Vana-Kasaritsa_(Kasaritsa)_vallavalitsus, lk 15
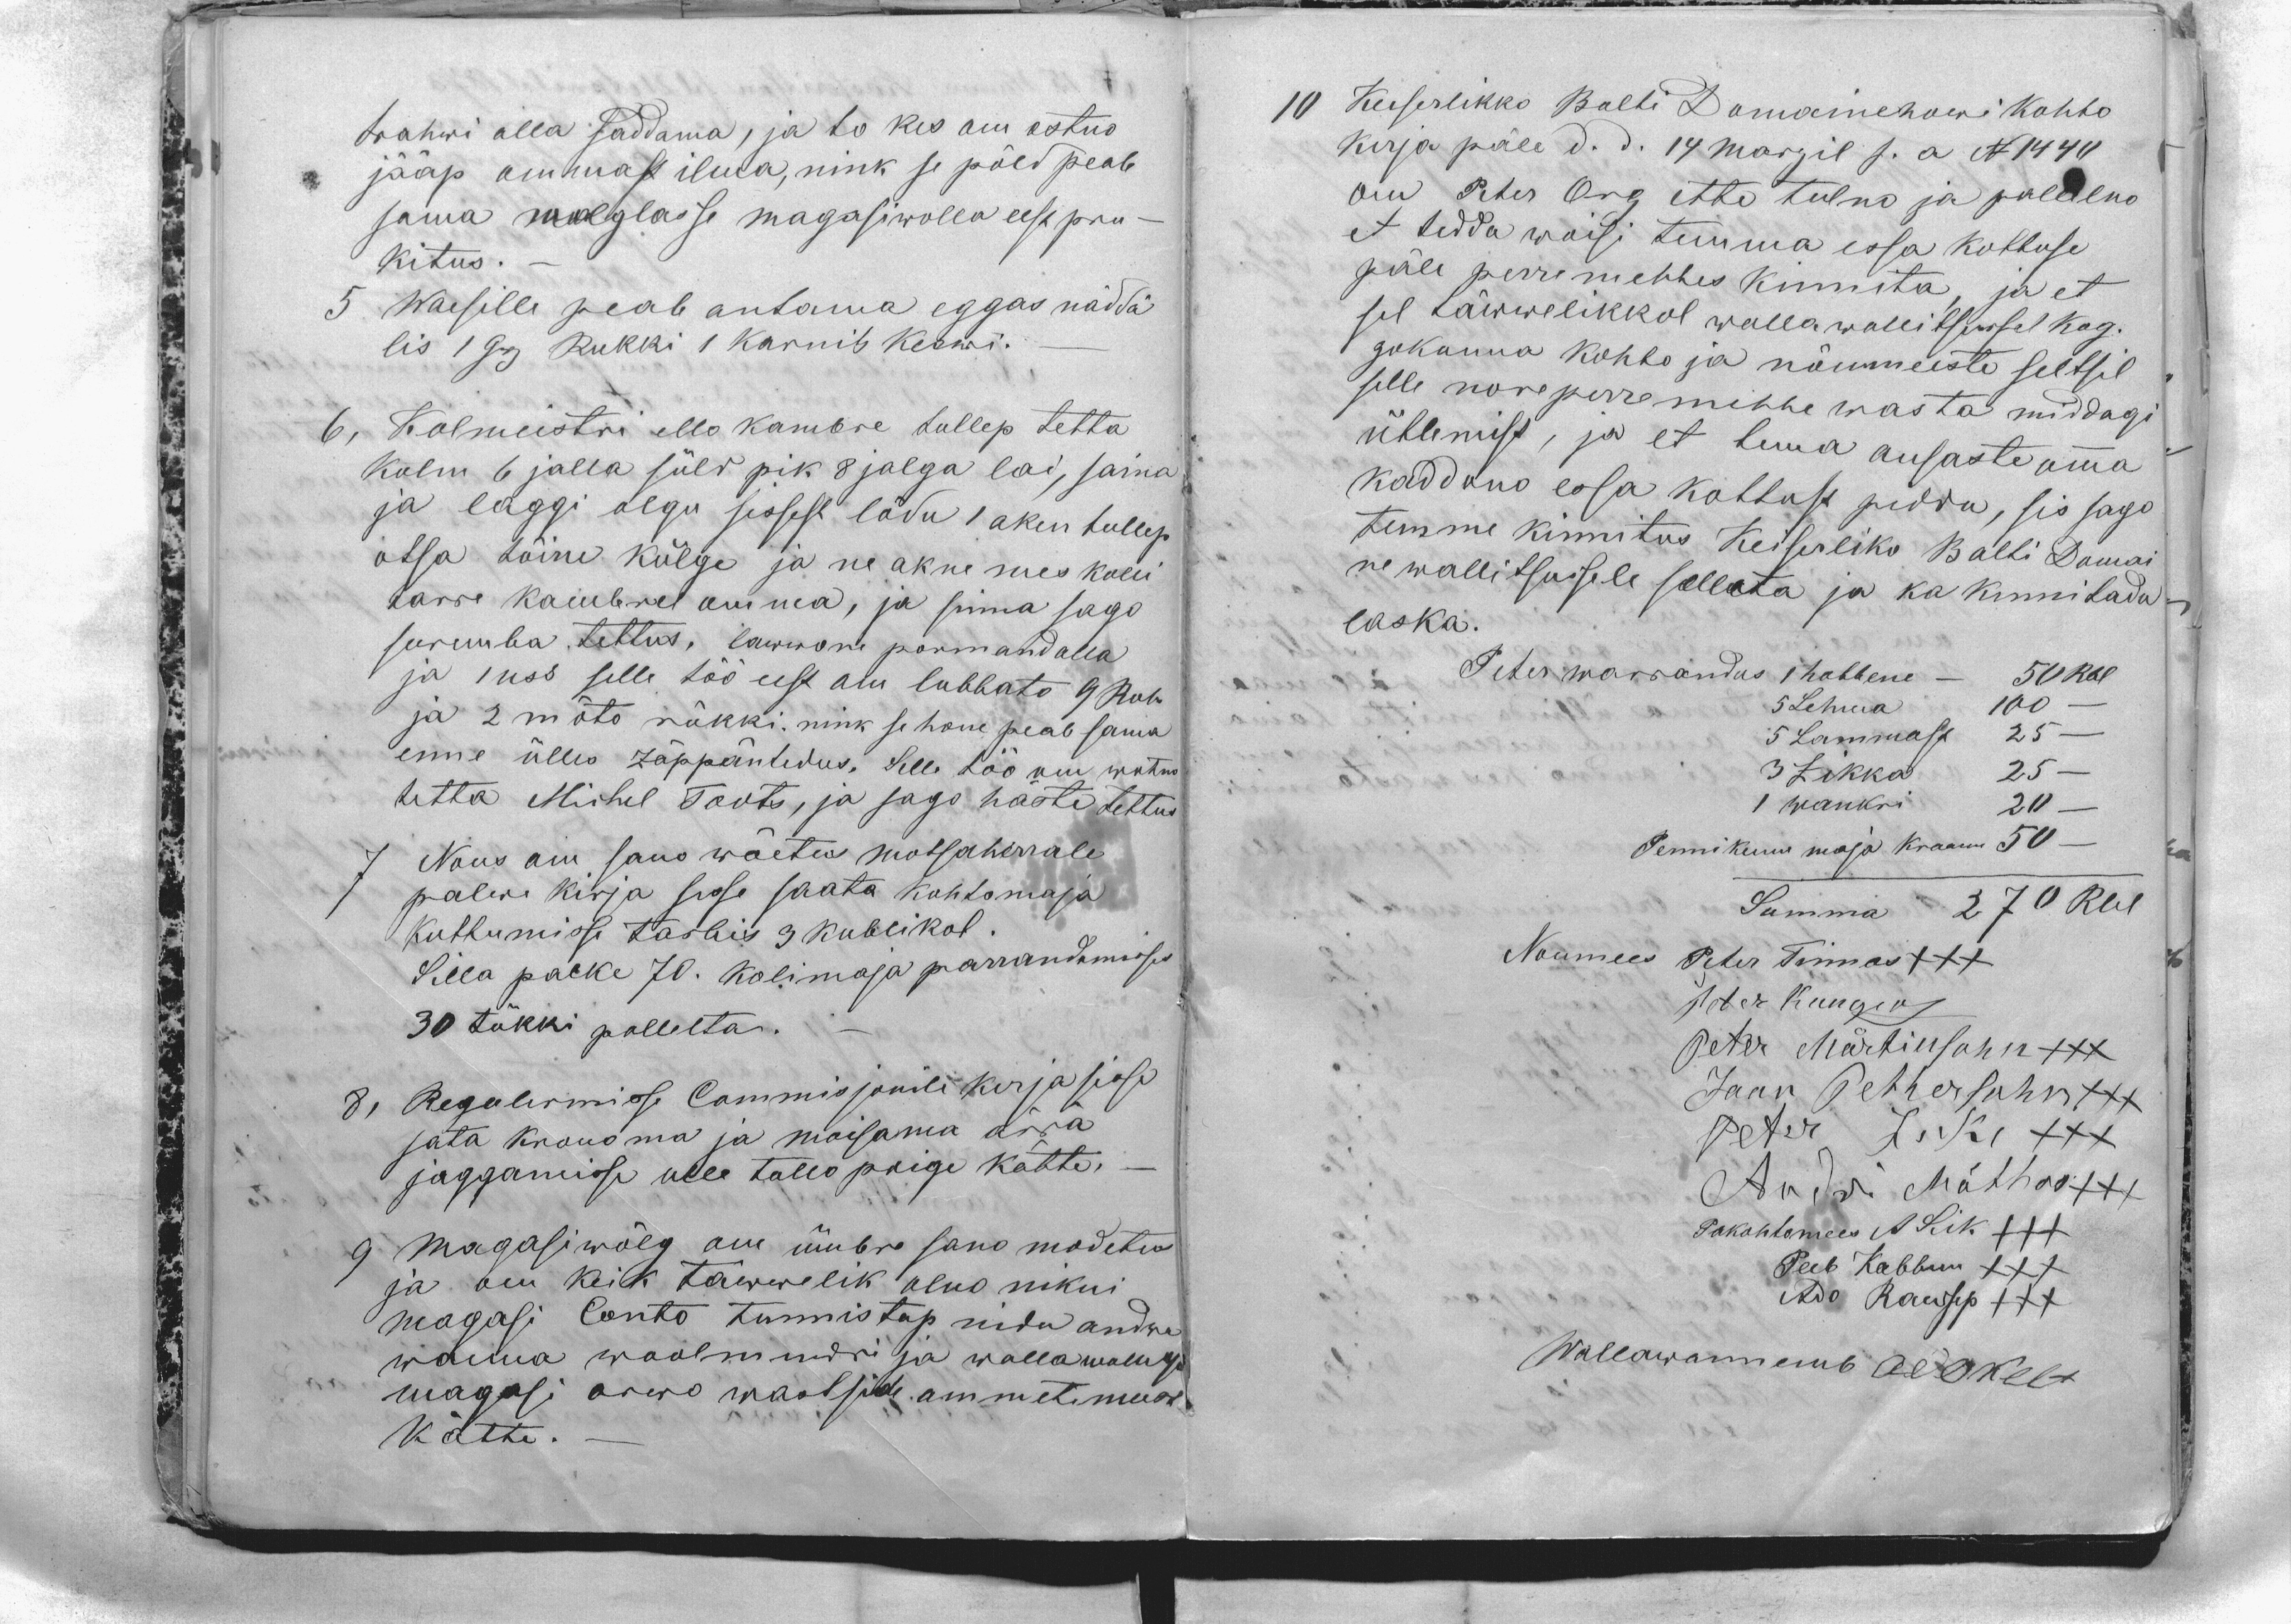
trahwi alla saddama, ja to kes om ostno
jääp ommast ilma, nink se põld peab
sama wolglasse magasiwolla eest pru-
kitus.-
5 Waesille peab antama eggas näddä
lis 1 Grj Rukki 1 karnits keswi.-
6, Kolmeistri ello kambre tullep tetta
kolm 6 jalla süld pik 8 jalga lai, saina
ja laggi olgu sissest lödu 1 aken tullep
otsa tõine külge ja ne akne mes kolli
tarre kambrel omma, ja sinna sago
suremba tettus, lawwone pormand alla
ja 1 uss selle töö eest om lubbato 9 Rub
ja 2 mõto rükki. nink se hone peab sama
enne ülles Zäppäntedus, Selle töö om wõtno
tetta Michel Toots, ja sago häste tettus
7 Nous om sano wõetus Motsaherrale
palwe kirja sisse saata kohtomaja
kuttumisse tarbis 3 kublikot.
Silla palke 70. kolimaja parrandamisses
30 tükki pollelta. -
8, Regulermisse Commisjonile kirja sisse
sata krono ma ja moisama ärrä
jaggamisse ulle tallo paige kätte._
9 magasiwõlg om ümbre sano modetus
ja om keik tawwelik olno nikui
magasi Conto tunnistap nidu andwa
wanna woolmundri ja wallawanemb
magasi arwo wastside ammetimeeste
kätte. -

10 Keiserlikko Balti Domainehowi kohto
kirja päle d. d. 14 Marzil s. a N 1440
om Peter Org ette tulno ja pallelno
et tedda woisi temma essa kottuse
päle perremehhes kinnita, ja et
sel täwwelikkol walla walitsussel kog-
gokonna kohto ja nõumeeste seltsil
selle nore perremihhe wasta middagi
ütlemist, ja et tema ausaste omma
kadduno essa kottust pidda, sis sago
temme kinnitus Keiserliko Balti Domai
ne wallitsussele selleta ja ka kinnitada
laska.
Peter warrandus 1 hobbene - 50 Rbl
5 Lehma 100 -
5 Lammast 25 -
3 Zikka 25 -
1 wankri 20 -
Pennikuur maja kraam 50 -
Summa 270 Rbl
Noumees Peter Tinnos XXX
Peter Kangru
Peter Märtinsohn XXX
Jaan Pettersohn XXX
Peter Liki XXX
Andri Mõttus XXX
Pakohtomees A Sik +++
Peeb Kabbun XXX
Ado Raudsep XXX
Wallawannemb Ado Kelt